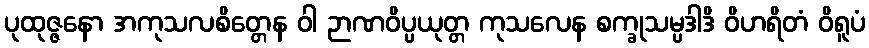
ပုထုဇ္ဇနော အကုသလစိတ္တေန ဝါ ဉာဏဝိပ္ပယုတ္တ ကုသလေန စက္ခုသမ္ပဒါဒိ ဝိဟရိတံ ဝိရူပံ